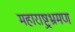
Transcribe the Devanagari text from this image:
महाराष्ट्रभ्रमण